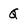
Character: Q